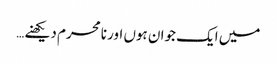
میں ایک جوان ہوں اور نامحرم دیکھنے …